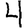
Digit: 4